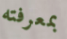
بمعرفته